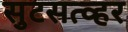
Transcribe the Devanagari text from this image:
सुटसत्व्हर